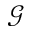
\mathcal { G }